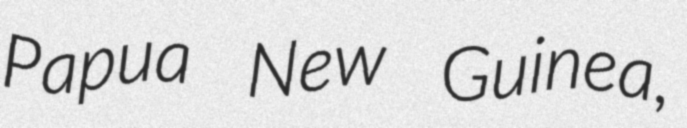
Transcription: Papua New Guinea,